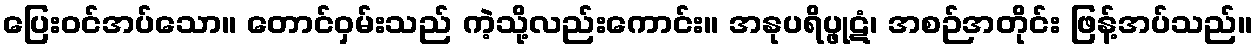
ပြေးဝင်အပ်သော။ တောင်ဝှမ်းသည် ကဲ့သို့လည်းကောင်း။ အနုပရိပ္ဖုဋံ၊ အစဉ်အတိုင်း ဖြန့်အပ်သည်။